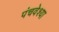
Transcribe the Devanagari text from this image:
पंचवेश्या